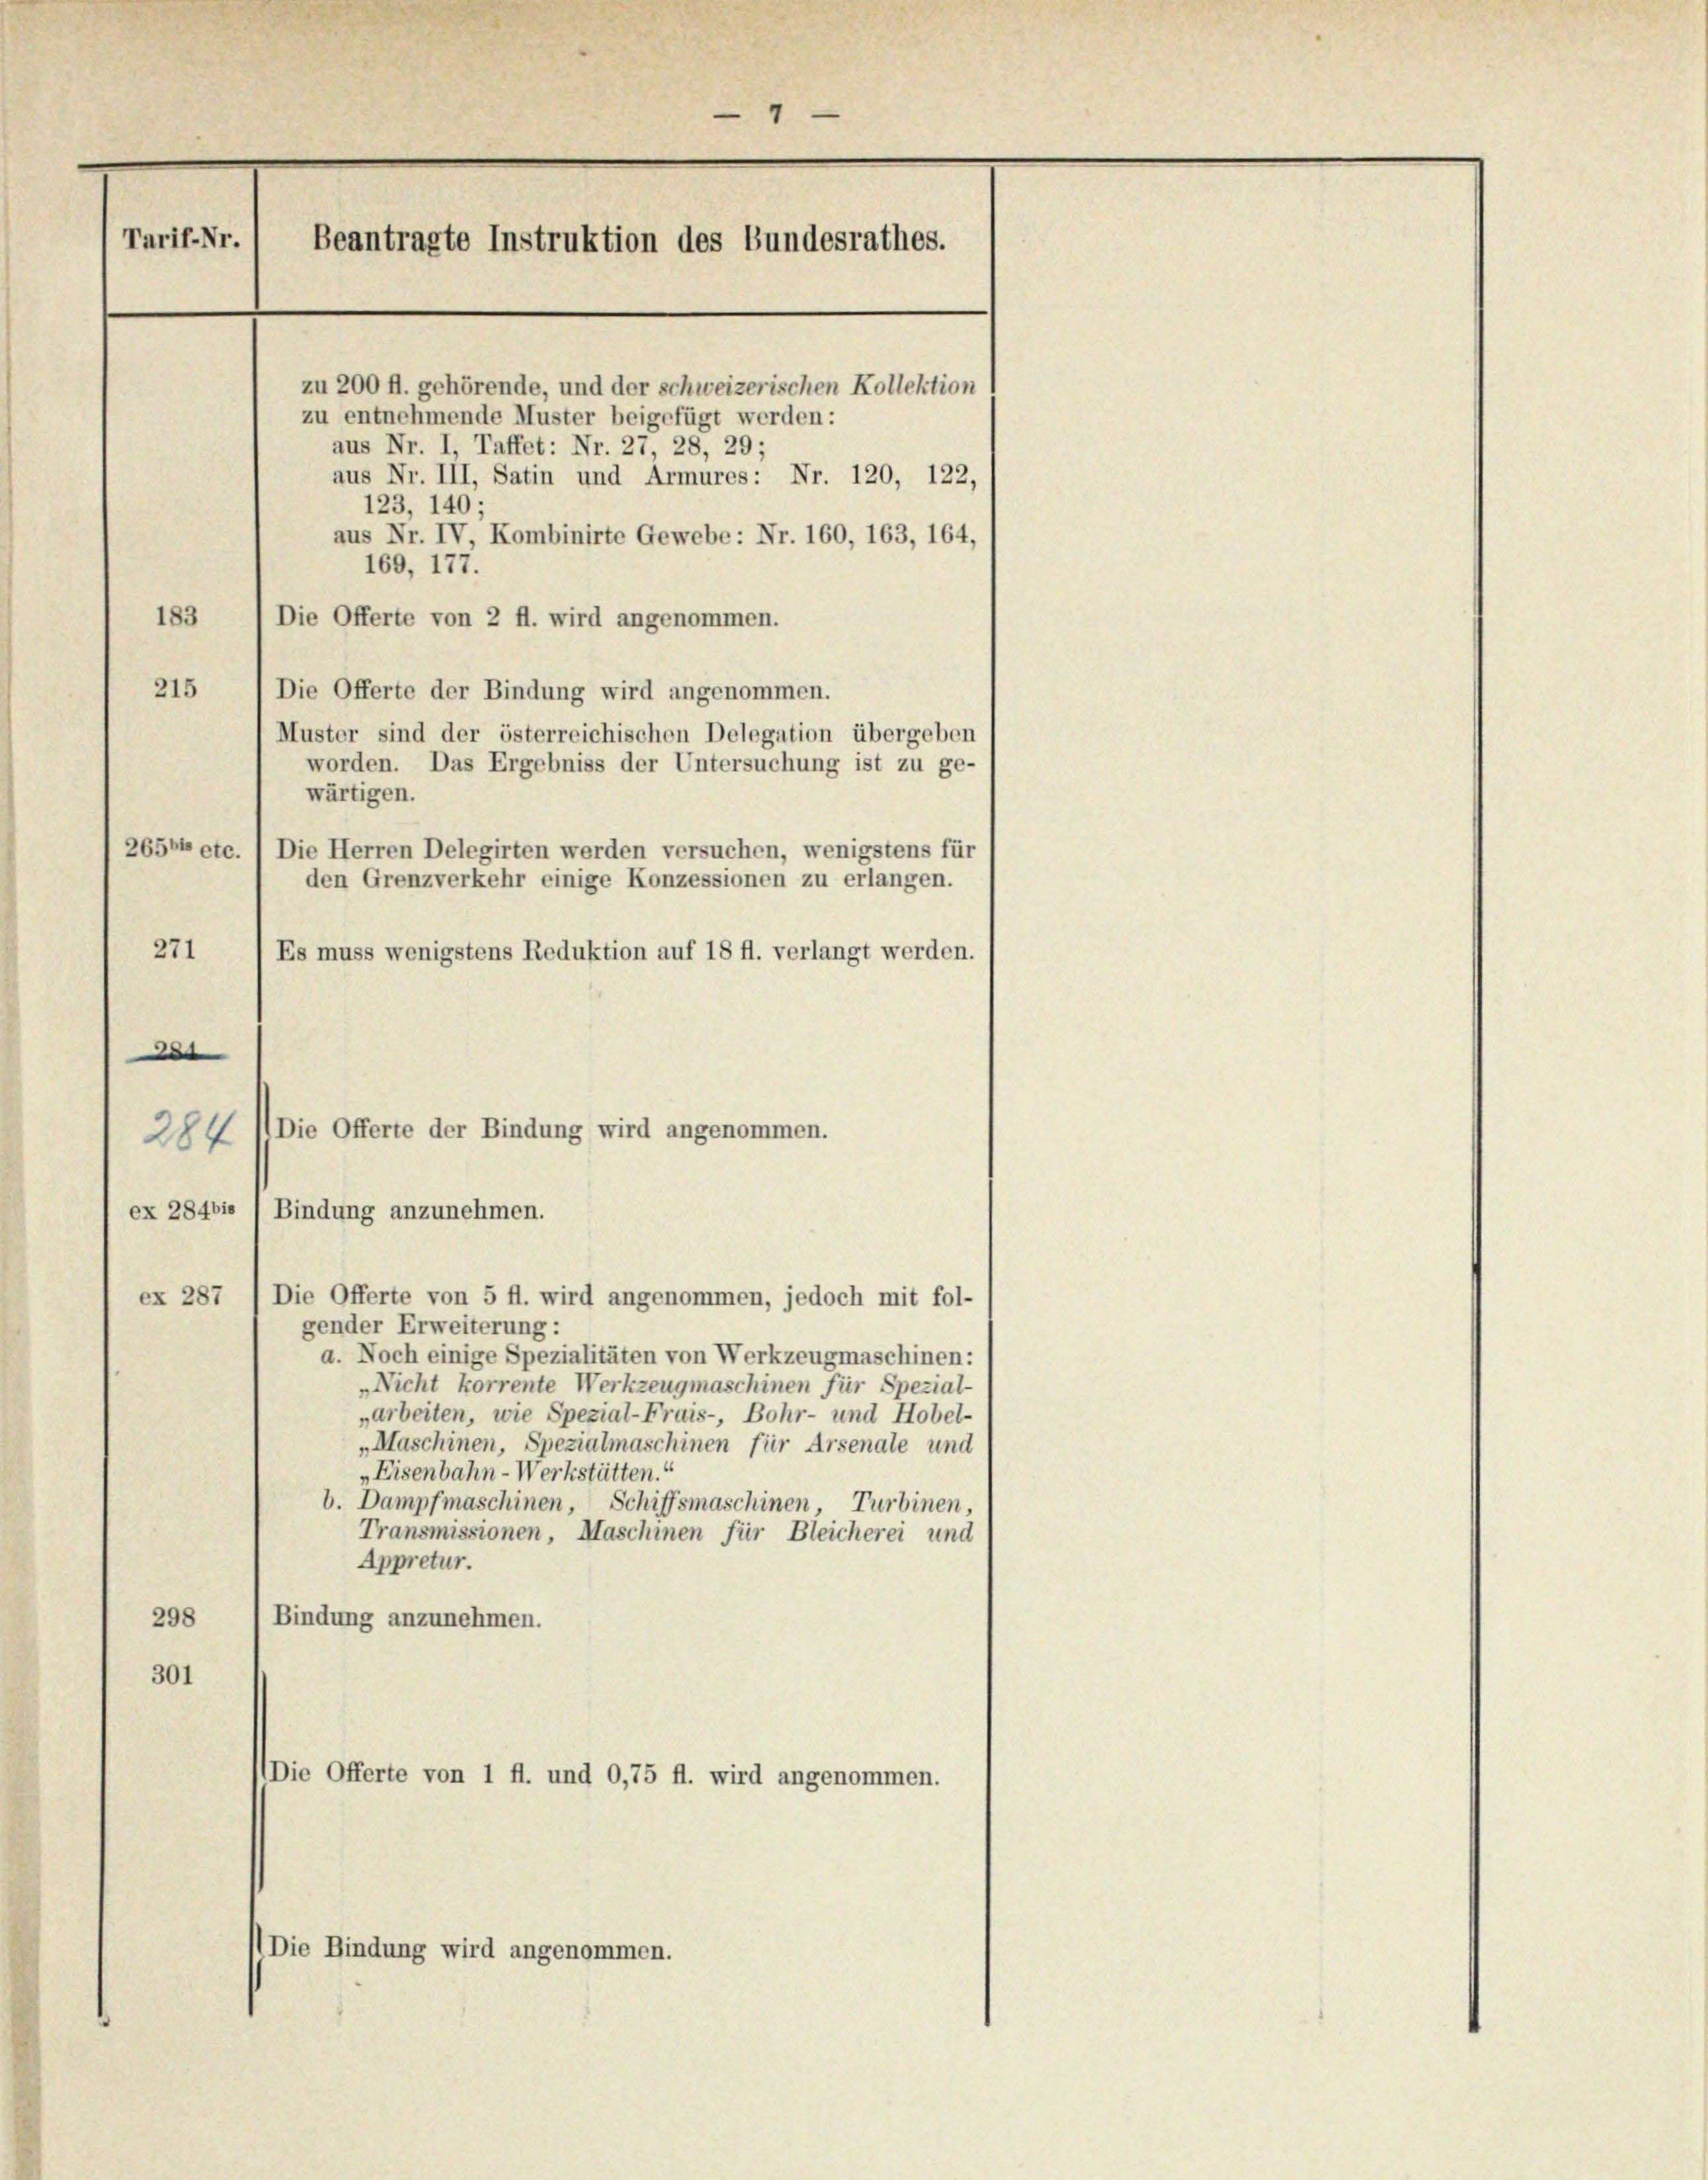
4
Tarif-Nr.
Beantragte Instruktion des Bundesrathes.

zu 200 fl. gehörende, und der schweizerischen Kollektion
zu entnehmende Muster beigefügt werden:
aus Nr. I, Taffet: Nr. 27, 28, 29;
aus Nr. III, Satin und Armures: Nr. 120, 122,
123, 140;
aus Nr. IV, Kombinirte Gewebe: Nr. 160, 163, 164,
169, 177.
183
Die Offerte von 2 fl. wird angenommen.
215
Die Offerte der Bindung wird angenommen.
Muster sind der österreichischen Delegation übergeben
worden. Das Ergebniss der Untersuchung ist zu ge-
wärtigen.
2650 etc.
Die Herren Delegirten werden versuchen, wenigstens für
den Grenzverkehr einige Konzessionen zu erlangen.
271) Es muss wenigstens Reduktion auf 18 fl. verlangt werden.
e
284
ex 284bie / Bindung anzunehmen.
ex 287 / Die Offerte von 5 fl. wird angenommen, jedoch mit fol-
gender Erweiterung:
a. Noch einige Spezialitäten von Werkzeugmaschinen:
„Nicht korrente Werkzeugmaschinen für Spezial-
„arbeiten, wie Spezial-Fruis-, Bohr- und Hobel-
„Maschinen, Spezialmaschinen für Arsenale und
„Eisenbahn-Werkstätten.“
b. Dampfmaschinen, Schiffsmaschinen Turbinen,
Transmissionen, Maschinen für Bleicherei und
Appretur.
Bindung anzunehmen.
298
301
Die Offerte von 1 ff. und 0,75 fl. wird angenommen.
Die Bindung wird angenommen.

Die Offerte der Bindung wird angenommen.